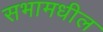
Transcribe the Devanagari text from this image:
सभामधील